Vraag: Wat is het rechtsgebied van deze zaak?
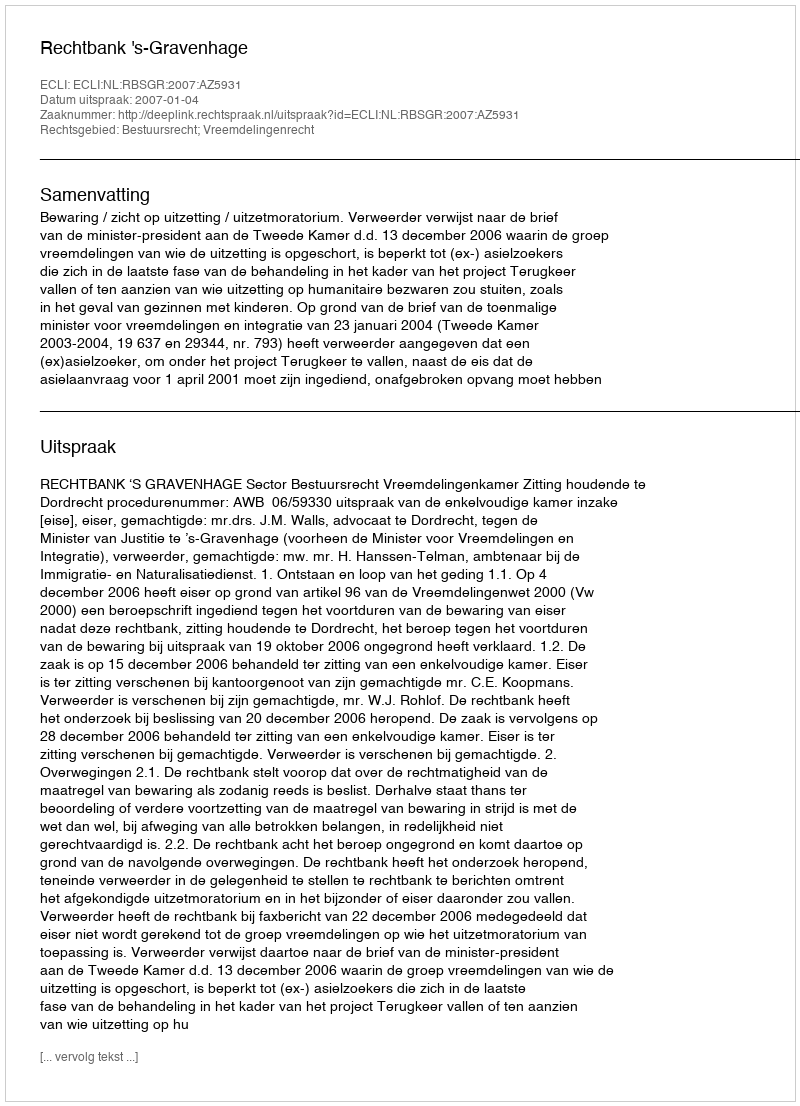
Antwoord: Bestuursrecht; Vreemdelingenrecht